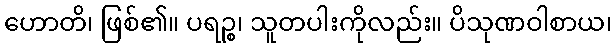
ဟောတိ၊ ဖြစ်၏။ ပရဉ္စ၊ သူတပါးကိုလည်း။ ပိသုဏဝါစာယ၊